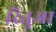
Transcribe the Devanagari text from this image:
रितुआ